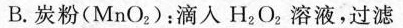
B.炭粉(MnO _ { 2 })：滴入H _ { 2 }O _ { 2 }溶液，过滤